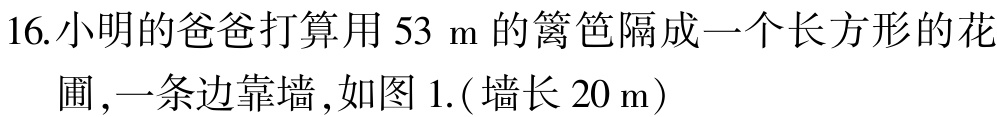
16.小明的爸爸打算用 \(53\mathrm{\ m}\) 的篱笆隔成一个长方形的花圃,一条边靠墙,如图 1.(墙长 \(20\mathrm{\ m}\))